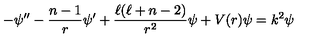
- \psi ^ { \prime \prime } - \frac { n - 1 } { r } \psi ^ { \prime } + \frac { \ell ( \ell + n - 2 ) } { r ^ { 2 } } \psi + V ( r ) \psi = k ^ { 2 } \psi